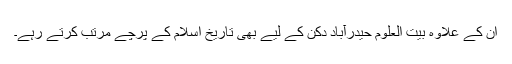
ان کے علاوہ بیت العلوم حیدرآباد دکن کے لیے بھی تاریخ اسلام کے پرچے مرتب کرتے رہے۔